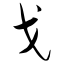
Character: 戈